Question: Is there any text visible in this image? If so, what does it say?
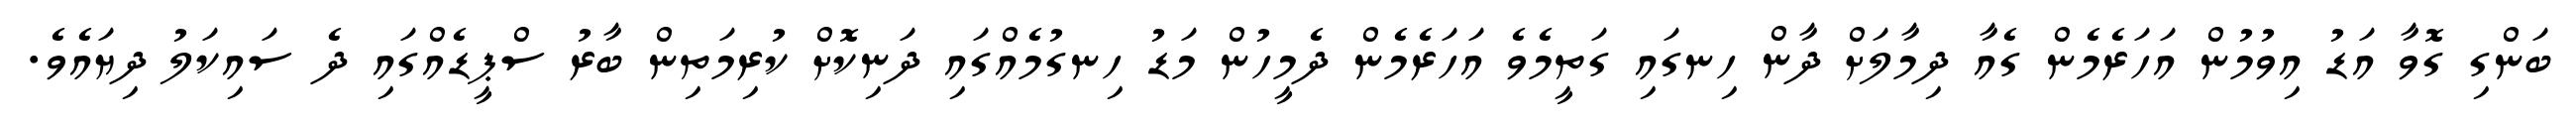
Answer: ބަންގި ގޮވާ އަޑު އިވުމުން އަހަރެމެން ގެއާ ދިމާލަށް ދާން ހިނގައި ގަތީމެވެ އަހަރެމެން ދެމީހުން މަޑު ހިނގުމެއްގައި ދަނިކޮށް ކުރިމަތިން ބާރު ސްޕީޑެއްގައި ދެ ސައިކަލު ދިޔައެވެ.